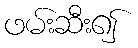
ဖမ်းဆီး၍